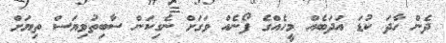
ދެން ހާދަ ކުޑަ އަދަބެއް މީހެއްގެ ފޯނެއް ވަގަށް ނެގިކަން ސާބިތުވިޔަސް ތިޔަށް